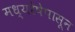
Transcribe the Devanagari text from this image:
मध्यरेषेपासून